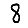
Digit: 8